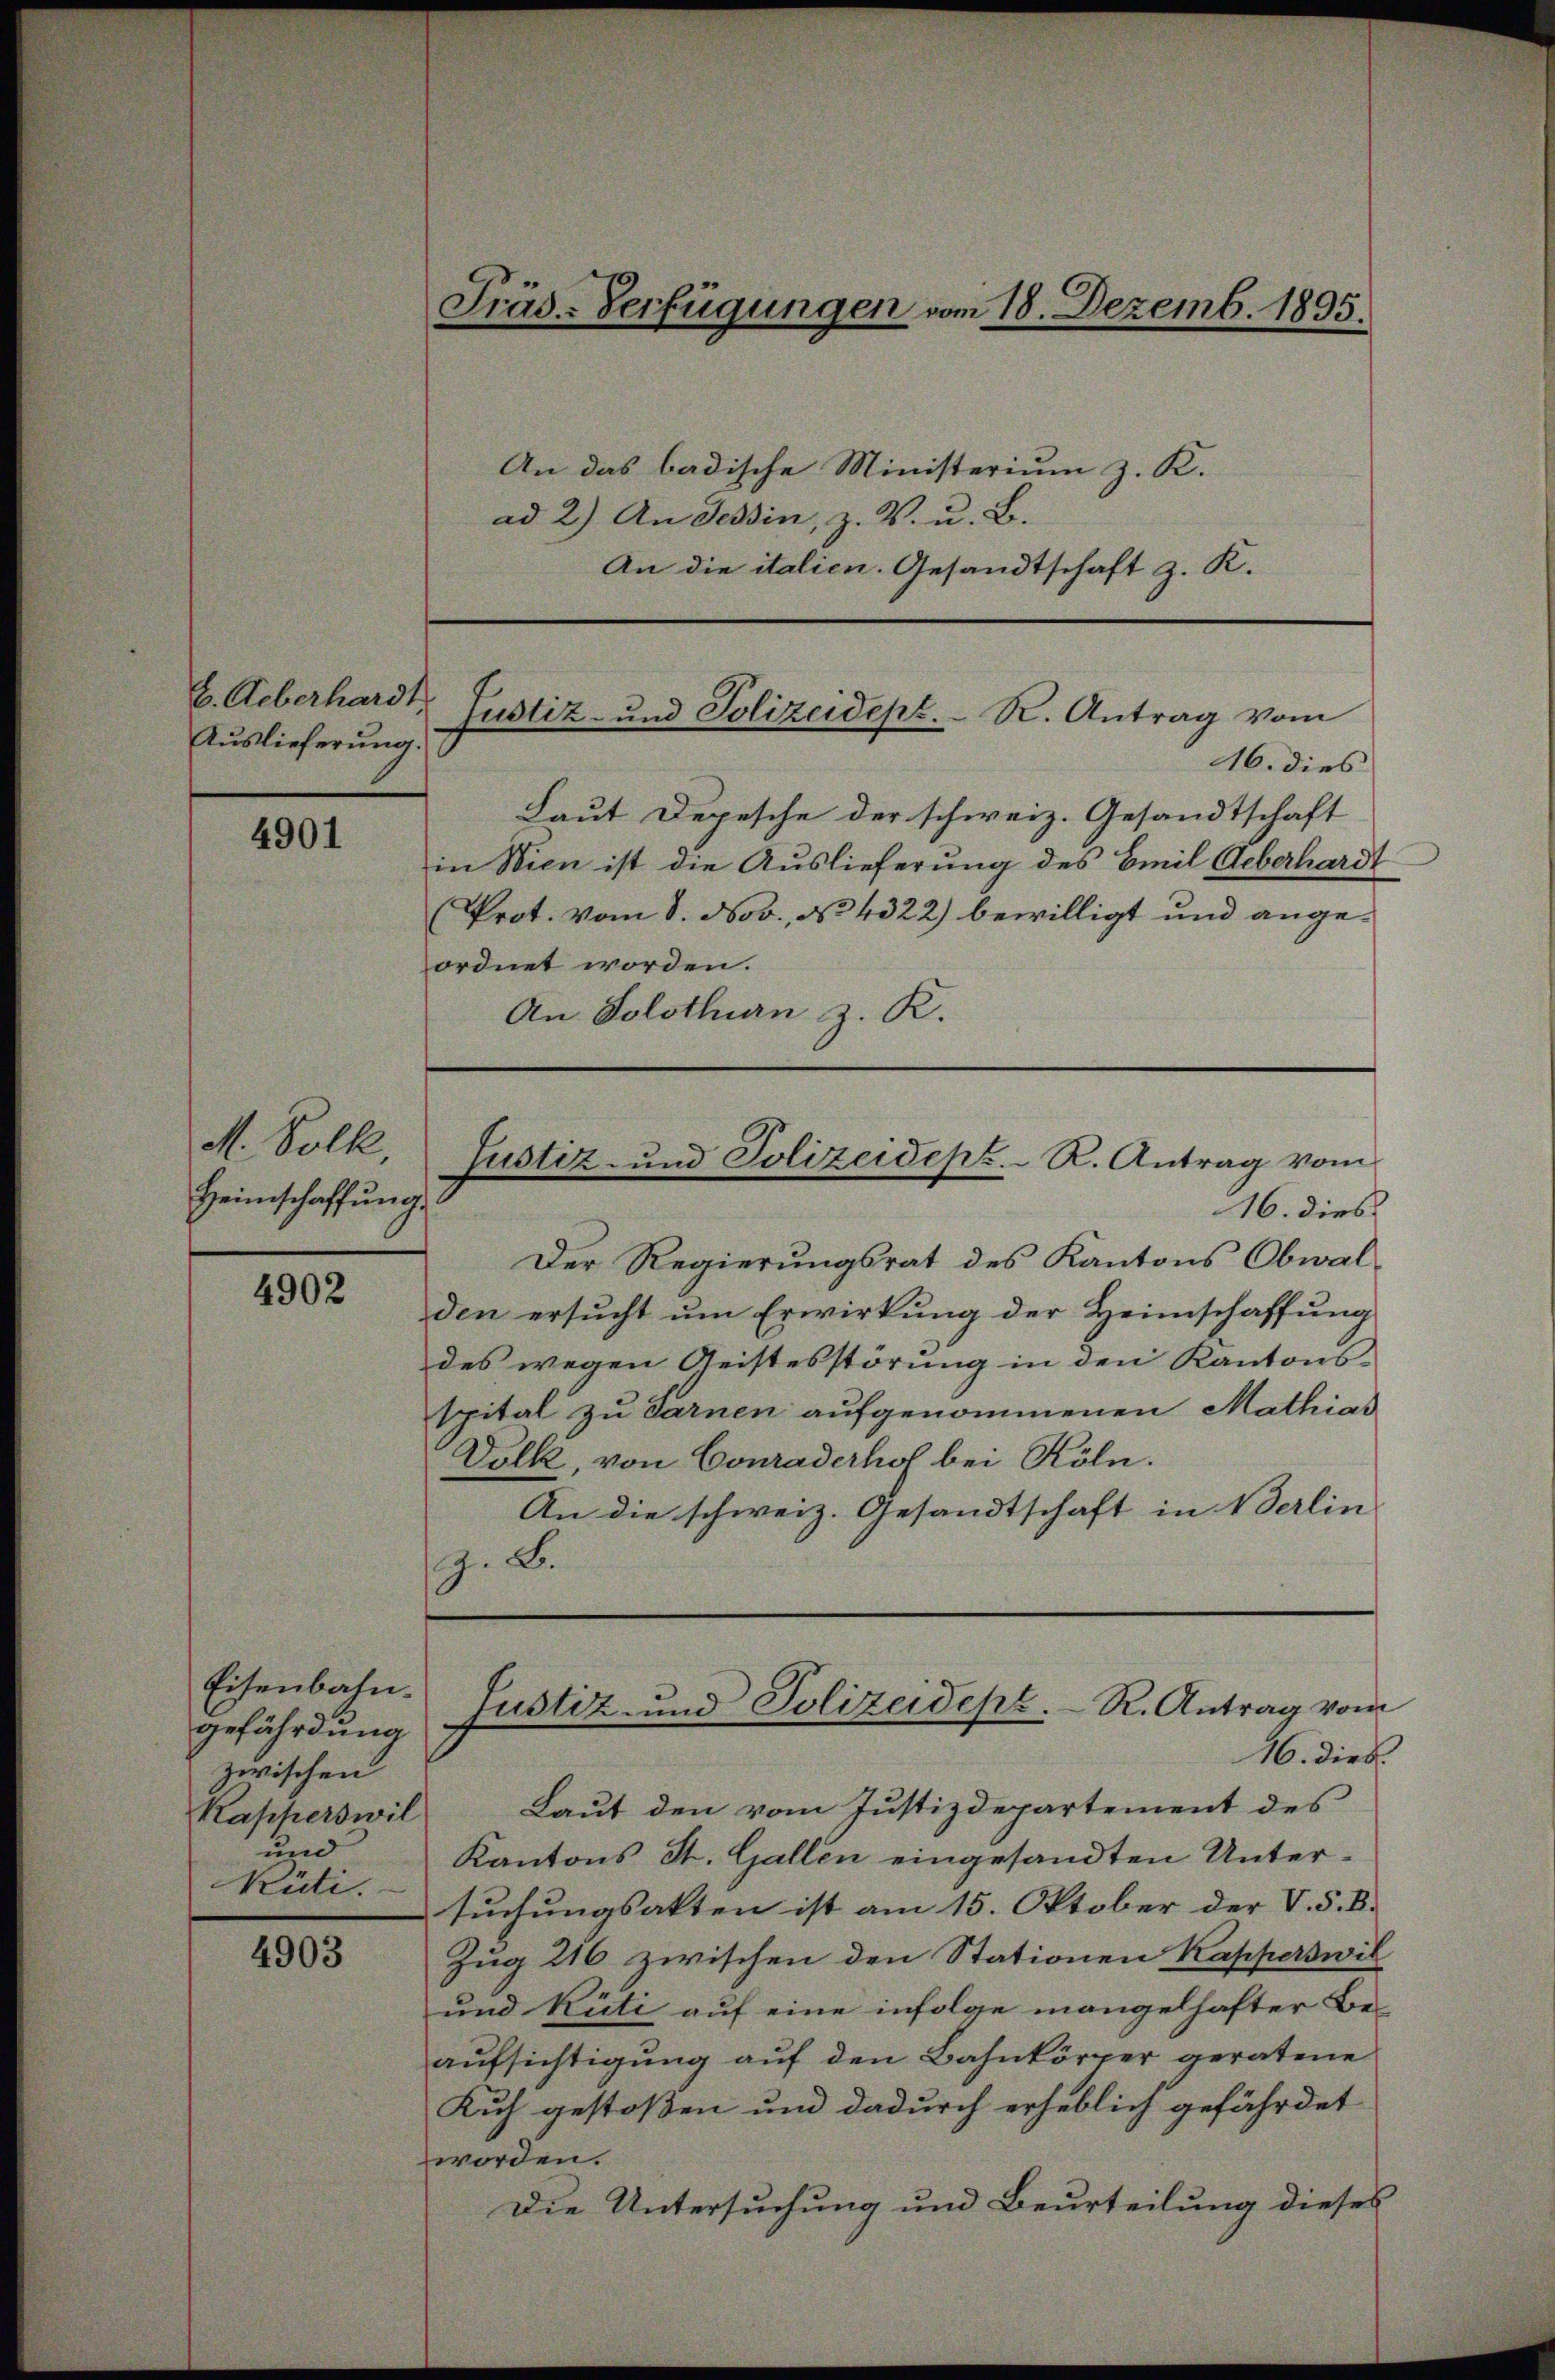
E. Ueberhardt
Auslieferung.

4901

M. Solk
Heimschaffung

4902

Eisenbahn.
gefährdung
zwischen
Kapperswil
und
Rüti.

4903

Präs-Verfügungen vom 18. Dezemb. 1895.

An das badische Ministerium z. K.
ad 2.) An Tessin, z. B. u. B.
An die italien. Gesandtschaft z. K.

Laut Depesche der schweiz. Gesandtschaft
in Wien ist die Auslieferung des Emil Ueberhardt
Prot. vom 8. Nov., No 4322) bewilligt und angeordnet worden.
An Solothurn z. R.

Der Regierungsrat des Kantons Obwal-
den ersucht um Erwirkung der Heimschaffung
des wegen Geistesstörung in den Kantons-
spital zu darnen aufgenommenen Mathias
Dolk, von Conraderhol bei Röln.
An die schweiz. Gesandtschaft in Berlin
z. B.

Laut den vom Justizdepartement des
Kantons St. Gallen eingesandten Untersuchungsakten ist am 15. Oktober der V. S. B.
Zug 216 zwischen den Stationen Kapperswil
und Rüti auf eine infolge mangelhafter Be-
aufsichtigung auf den Bahnkörper geratene
Kuh gestoßen und dadurch erheblich gefährdet
worden.
Die Untersuchung und Beurteilung dieses

Justiz- und Polizeidept. R. Antrag vom
16. dies

Justiz- und Polizeidept. R. Antrag vom
16. dies

Justiz und Polizeidept. R. Antrag vom
16. dies.